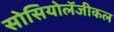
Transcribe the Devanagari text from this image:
सोसियोलॅजीकल